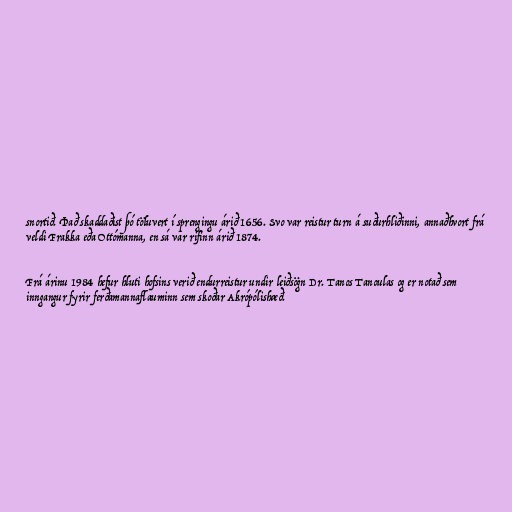
snortið. Það skaddaðist þó töluvert í sprengingu árið 1656. Svo var reistur turn á suðurhliðinni, annaðhvort frá
veldi Frakka eða Ottómanna, en sá var rifinn árið 1874.

Frá árinu 1984 hefur hluti hofsins verið endurreistur undir leiðsögn Dr. Tanos Tanoulas og er notað sem
inngangur fyrir ferðamannaflauminn sem skoðar Akrópólishæð.